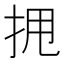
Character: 𫝺